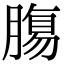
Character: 𮌷